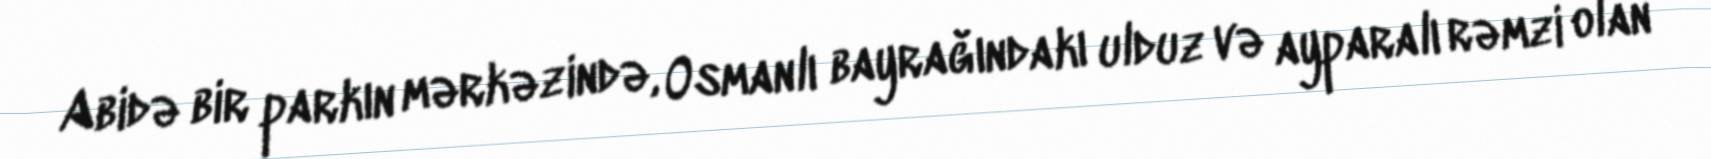
Abidə bir parkın mərkəzində, Osmanlı bayrağındakı ulduz və ayparalı rəmzi olan